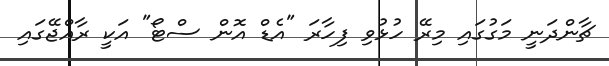
ޗާންދަނީ މަގުގައި މިރޭ ހުޅުވި ފިހާރަ "އެޑް އޮން ސްޓޯ" އަކީ ރާއްޖޭގައި